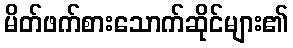
မိတ်ဖက်စားသောက်ဆိုင်များ၏